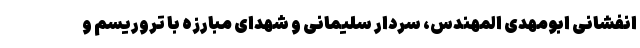
انفشانی ابومهدی المهندس، سردار سلیمانی و شهدای مبارزه با تروریسم و